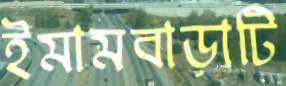
ইমামবাড়াটি